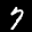
Label: 7